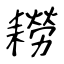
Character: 耮